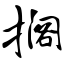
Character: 搁